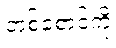
တစ်စောင်ကို